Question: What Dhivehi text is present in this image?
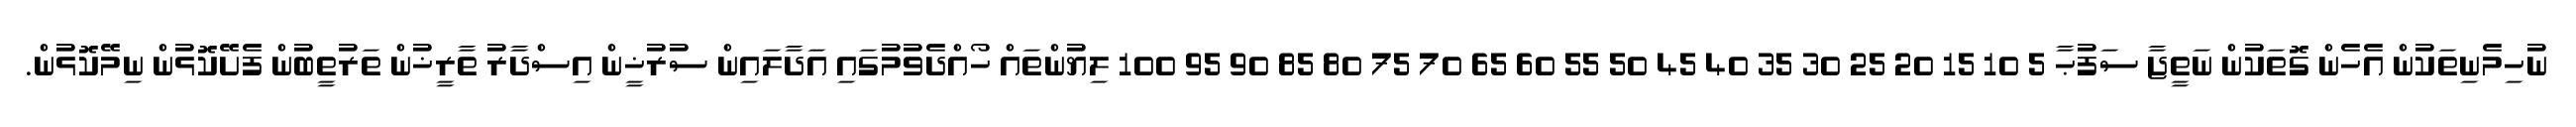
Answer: ނުހިމެނިތަކުން އެހެން ގޮތަކުން ނަތީޖާ ސަފުޙާ 5 10 15 20 25 30 35 40 45 50 55 60 65 70 75 80 85 90 95 100 ލިޔުންތައް ހޯއްދެވުމުގައި އަދާލައިން ސުރުޚީން އިސްދާރު ތާރީޚުން ތަރުތީބުން ފެށޭކޮޅުން ނިމޭކޮޅުން.